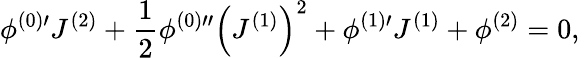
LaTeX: \phi^{(0)\prime}J^{(2)}+\frac{1}{2}\phi^{(0)\prime\prime}\left(J^{(1)}\right)^{2}+\phi^{(1)\prime}J^{(1)}+\phi^{(2)}=0,\,